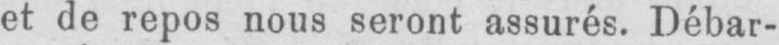
et de repos nous seront assurés. Débar-